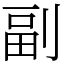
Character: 副